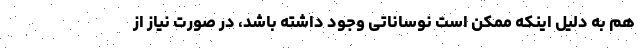
هم به دلیل اینکه ممکن است نوساناتی وجود داشته باشد، در صورت نیاز از